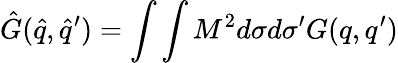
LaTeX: {\hat{G}}({\hat{q}},{\hat{q}}^{\prime})=\int\int M^{2}d{\sigma}d{\sigma}^{\prime}G(q,q^{\prime})